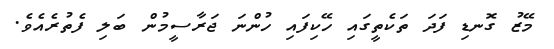
މޭޒު ގޮނޑި ފަދަ ތަކެތީގައި ހޭކިފައި ހުންނަ ޖަރާސީމުން ބަލި ފެތުރެއެވެ.